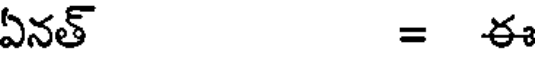
ఏనత్ = ఈ